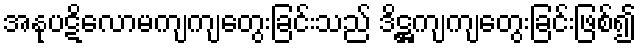
အနုပဋိလောမကျကျတွေးခြင်းသည် ဒိဋ္ဌကျကျတွေးခြင်းဖြစ်၍